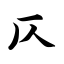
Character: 仄